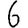
Digit: 6